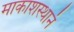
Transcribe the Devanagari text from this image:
माकाशस्थानं